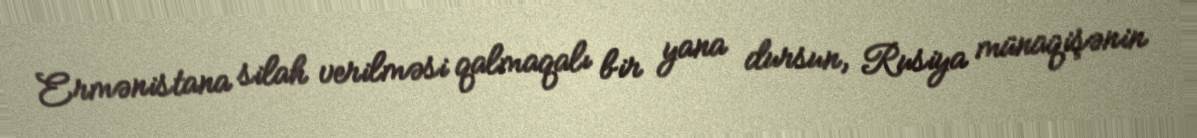
Ermənistana silah verilməsi qalmaqalı bir yana dursun, Rusiya münaqişənin